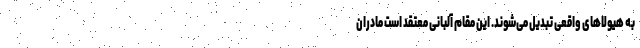
به هیولاهای واقعی تبدیل می‌شوند. این مقام آلبانی معتقد است مادران